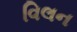
વિલન